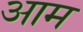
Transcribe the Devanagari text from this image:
अाम